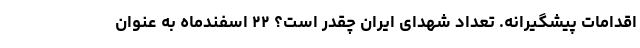
اقدامات پیشگیرانه. تعداد شهدای ایران چقدر است؟ ۲۲ اسفندماه به عنوان